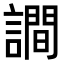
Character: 𧬘